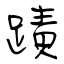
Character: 蹟